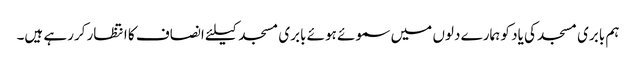
ہم بابری مسجد کی یاد کو ہمارے دلوں میں سموئے ہوئے بابری مسجد کیلئے انصاف کا انتظار کررہے ہیں۔